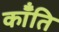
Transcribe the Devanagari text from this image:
कॉँति